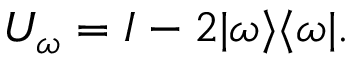
U _ { \omega } = I - 2 | \omega \rangle \langle \omega | .